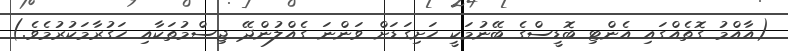
(އާއްމު ގޮތެއްގައި އެންޓި ބޮޑީސްގެ ބޭނުމަކީ ހަށިގަޑަށް ވަންނަ ގެއްލުންދޭ ޖިސްމުތަކާއި ހަގުރާމަކުރުމެވެ.)